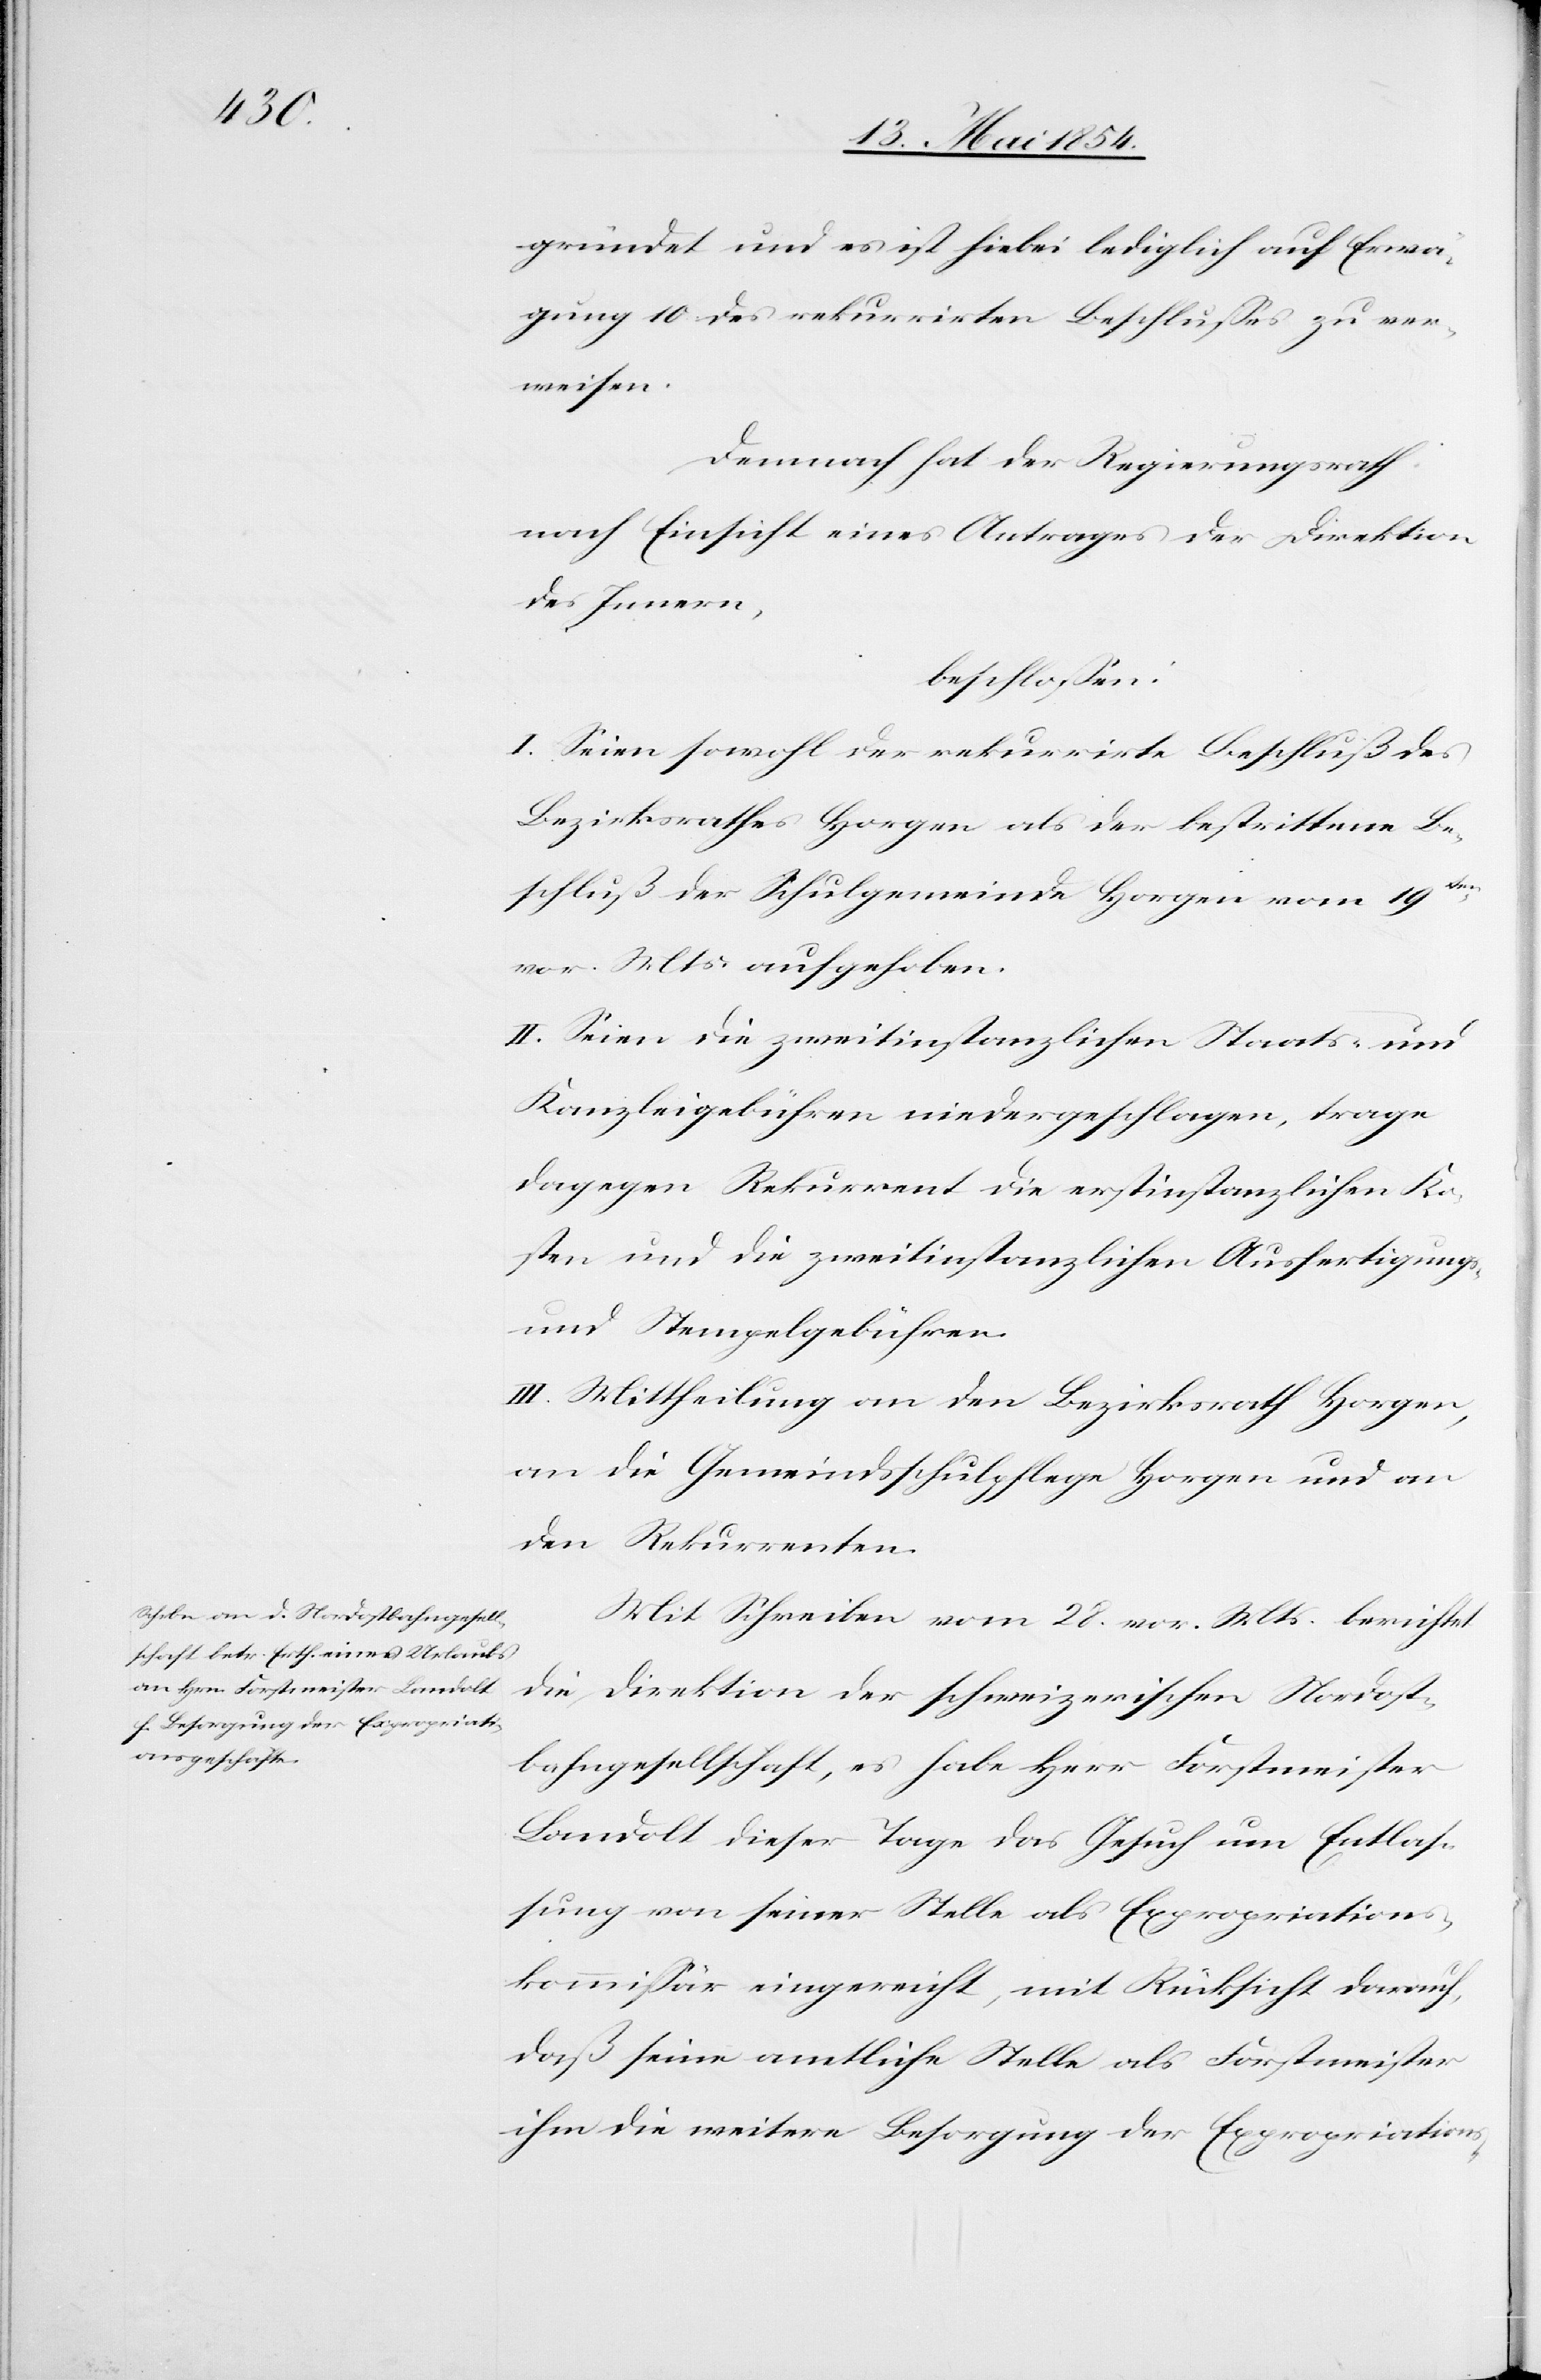
gründet und es ist hiebei lediglich auf Erwä¬
gung 10 des rekurrirten Beschlußes zu ver¬
weisen.
Demnach hat der Regierungsrath
nach Einsicht eines Antrages der Direktion
des Innern,
beschloßen:
I. Seien sowohl der rekurrirte Beschluß des
Bezirksrathes Horgen als der bestrittene Be¬
schluß der Schulgemeinde Horgen vom 19ten
vor. Mts aufgehoben.
II. Seien die zweitinstanzlichen Staats- und
Kanzleigebühren niedergeschlagen, trage
dagegen Rekurrent die erstinstanzlichen Ko¬
sten und die zweitinstanzlichen Ausfertigungs-
und Stempelgebühren.
III. Mittheilung an den Bezirksrath Horgen,
an die Gemeindsschulpflege Horgen und an
den Rekurrenten.
Mit Schreiben vom 28. vor. Mts berichtet
die Direktion der schweizerischen Nordost¬
bahngesellschaft, es habe Herr Forstmeister
Landolt dieser Tage das Gesuch um Entlaß¬
ung von seiner Stelle als Expropriations¬
kommißär eingereicht, mit Rücksicht darauf,
daß seine amtliche Stelle als Forstmeister
ihm die weiter Besorgung der Expropriations-